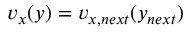
v _ { x } ( y ) = v _ { x , n e x t } ( y _ { n e x t } )